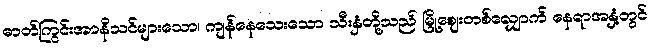
ဓာတ်ကြွင်းအာနိသင်များသော၊ ကျန်နေသေးသော သီးနှံတို့သည် မြို့ဈေးတစ်လျှောက် နေရာအနှံ့တွင်